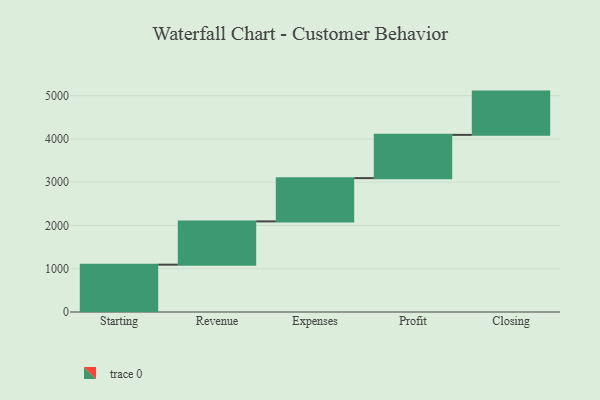
{"axis": {"x": "Step", "y": "Value"}, "legend": [""], "data": [{"x": "Starting", "y": 1094.0, "type": ""}, {"x": "Revenue", "y": 1000, "type": ""}, {"x": "Expenses", "y": 1000, "type": ""}, {"x": "Profit", "y": 1000, "type": ""}, {"x": "Closing", "y": 1000, "type": ""}]}